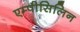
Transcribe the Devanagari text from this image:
एम्पीसिलिन